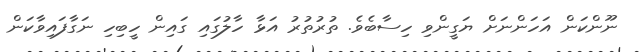
ނޫންކަން އަހަންނަށް ޔަގީންވި ހިސާބެވެ. ތުރުތުރު އަޅާ ހާލުގައި ގައިން ހީބިހި ނަގާފައިވާކަން